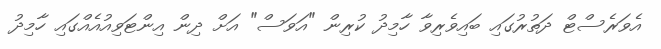
އެވަރެސްޓް ދަތުރުގައި ބައިވެރިވާ ހާމިދު ކުރިން "އަވަސް" އަށް ދިން އިންޓަވިއުއެއްގައި ހާމިދު